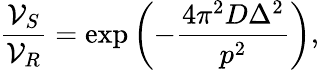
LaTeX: \frac{\mathcal{V}_{S}}{\mathcal{V}_{R}}=\exp\left({-\frac{4\pi^{2}D\Delta^{2}}{p^{2}}}\right),